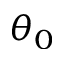
\theta _ { 0 }